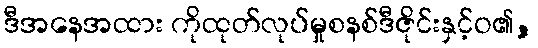
ဒီအနေအထား ကိုထုတ်လုပ်မှုစနစ်ဒီဇိုင်းနှင့်ဝ၏,